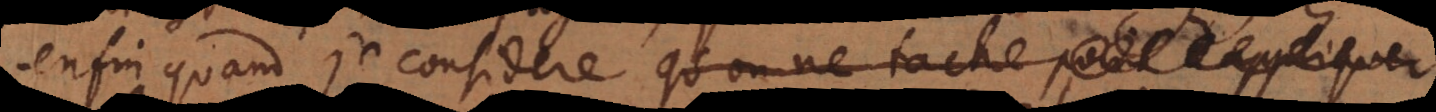
enfin quand je considere qu’on ne tache point d’appliquer